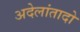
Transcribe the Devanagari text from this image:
अदेलांतादो